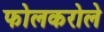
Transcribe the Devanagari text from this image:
फोलकरोले